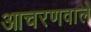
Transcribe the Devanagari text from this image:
आचरणवाले